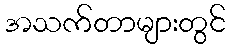
အသက်တာများတွင်